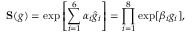
{ \bf S } ( g ) = \exp \left[ \sum _ { i = 1 } ^ { 6 } \alpha _ { i } \hat { g } _ { i } \right] = \prod _ { i = 1 } ^ { 8 } \exp [ \beta _ { i } g _ { i } ] ,